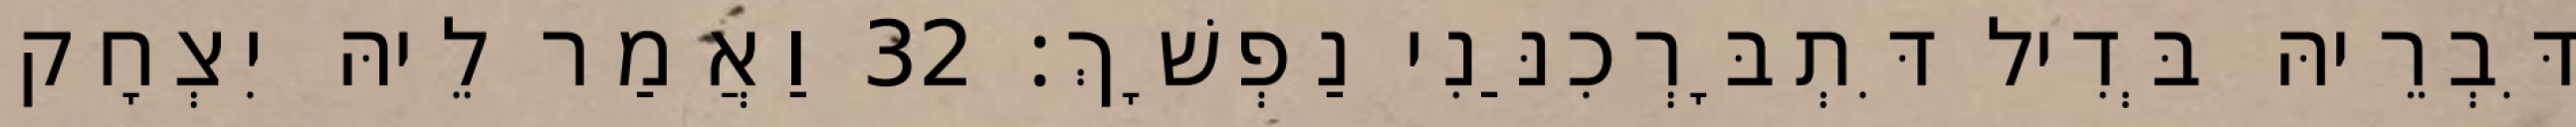
דִּבְרֵיהּ בְּדִיל דִּתְבָּרְכִנַּנִי נַפְשָׁךְ׃ 32 וַאֲמַר לֵיהּ יִצְחָק